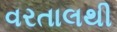
વરતાલથી